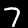
Label: 7